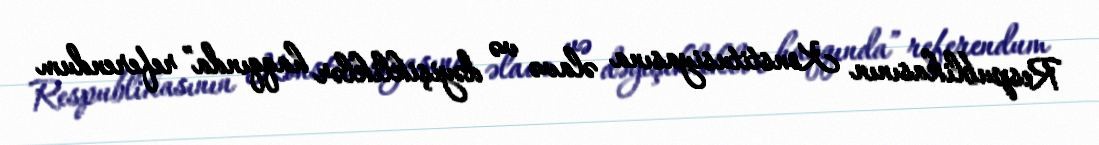
Respublikasının Konstitusiyasına əlavə və dəyişikliklər haqqında” referendum